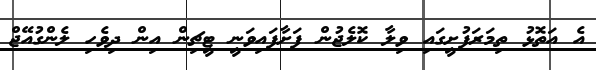
އެ އަތޮޅު ތިމަރަފުށީގައި ވިލާ ކޮލެޖުން ފަށާފައިވަނީ ޓީޗިން އިން ދިވެހި ލެންގުއޭޖް